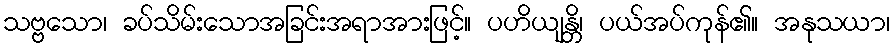
သဗ္ဗသော၊ ခပ်သိမ်းသောအခြင်းအရာအားဖြင့်။ ပဟိယျန္တိ၊ ပယ်အပ်ကုန်၏။ အနုသယာ၊